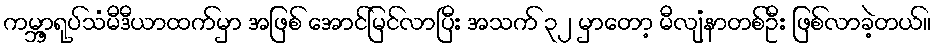
ကမ္ဘာ့ရုပ်သံမီဒီယာထက်မှာ အဖြစ် အောင်မြင်လာပြီး အသက် ၃၂ မှာတော့ မီလျံနာတစ်ဦး ဖြစ်လာခဲ့တယ်။